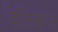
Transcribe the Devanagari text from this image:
वेतिकन